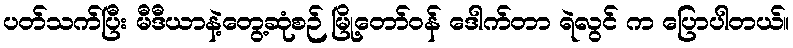
ပတ်သက်ပြီး မီဒီယာနဲ့တွေ့ဆုံစဉ် မြို့တော်ဝန် ဒေါက်တာ ရဲလွင် က ပြောပါတယ်။